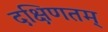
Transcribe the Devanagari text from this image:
दक्षिणतम्